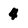
Character: 4